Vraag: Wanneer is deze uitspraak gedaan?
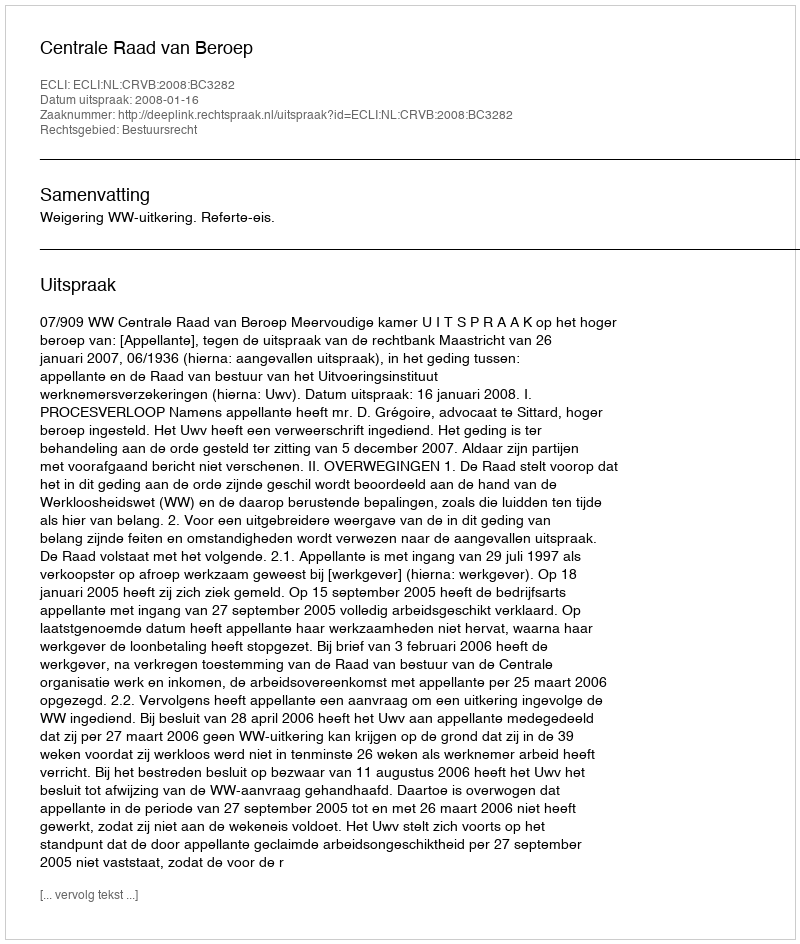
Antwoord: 2008-01-16